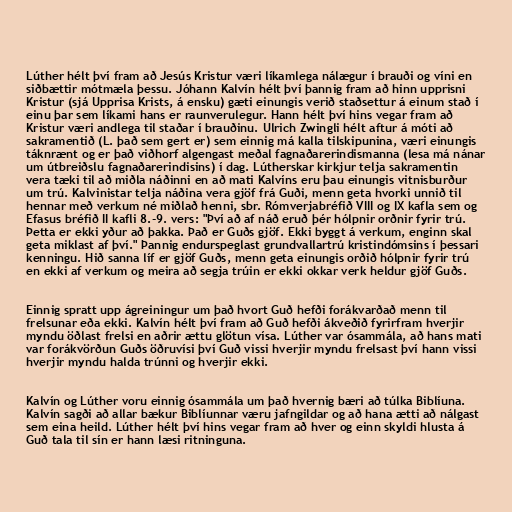
Lúther hélt því fram að Jesús Kristur væri líkamlega nálægur í brauði og víni en
siðbættir mótmæla þessu. Jóhann Kalvín hélt því þannig fram að hinn upprisni
Kristur (sjá Upprisa Krists, á ensku) gæti einungis verið staðsettur á einum stað í
einu þar sem líkami hans er raunverulegur. Hann hélt því hins vegar fram að
Kristur væri andlega til staðar í brauðinu. Ulrich Zwingli hélt aftur á móti að
sakramentið (L. það sem gert er) sem einnig má kalla tilskipunina, væri einungis
táknrænt og er það viðhorf algengast meðal fagnaðarerindismanna (lesa má nánar
um útbreiðslu fagnaðarerindisins) í dag. Lútherskar kirkjur telja sakramentin
vera tæki til að miðla náðinni en að mati Kalvíns eru þau einungis vitnisburður
um trú. Kalvinistar telja náðina vera gjöf frá Guði, menn geta hvorki unnið til
hennar með verkum né miðlað henni, sbr. Rómverjabréfið VIII og IX kafla sem og
Efasus bréfið II kafli 8.-9. vers: "Því að af náð eruð þér hólpnir orðnir fyrir trú.
Þetta er ekki yður að þakka. Það er Guðs gjöf. Ekki byggt á verkum, enginn skal
geta miklast af því." Þannig endurspeglast grundvallartrú kristindómsins í þessari
kenningu. Hið sanna líf er gjöf Guðs, menn geta einungis orðið hólpnir fyrir trú
en ekki af verkum og meira að segja trúin er ekki okkar verk heldur gjöf Guðs.

Einnig spratt upp ágreiningur um það hvort Guð hefði forákvarðað menn til
frelsunar eða ekki. Kalvín hélt því fram að Guð hefði ákveðið fyrirfram hverjir
myndu öðlast frelsi en aðrir ættu glötun vísa. Lúther var ósammála, að hans mati
var forákvörðun Guðs öðruvísi því Guð vissi hverjir myndu frelsast því hann vissi
hverjir myndu halda trúnni og hverjir ekki.

Kalvín og Lúther voru einnig ósammála um það hvernig bæri að túlka Biblíuna.
Kalvín sagði að allar bækur Biblíunnar væru jafngildar og að hana ætti að nálgast
sem eina heild. Lúther hélt því hins vegar fram að hver og einn skyldi hlusta á
Guð tala til sín er hann læsi ritninguna.